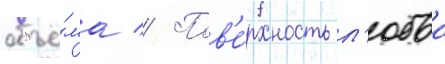
объё́ма // Пов'е́рхность л'юбои